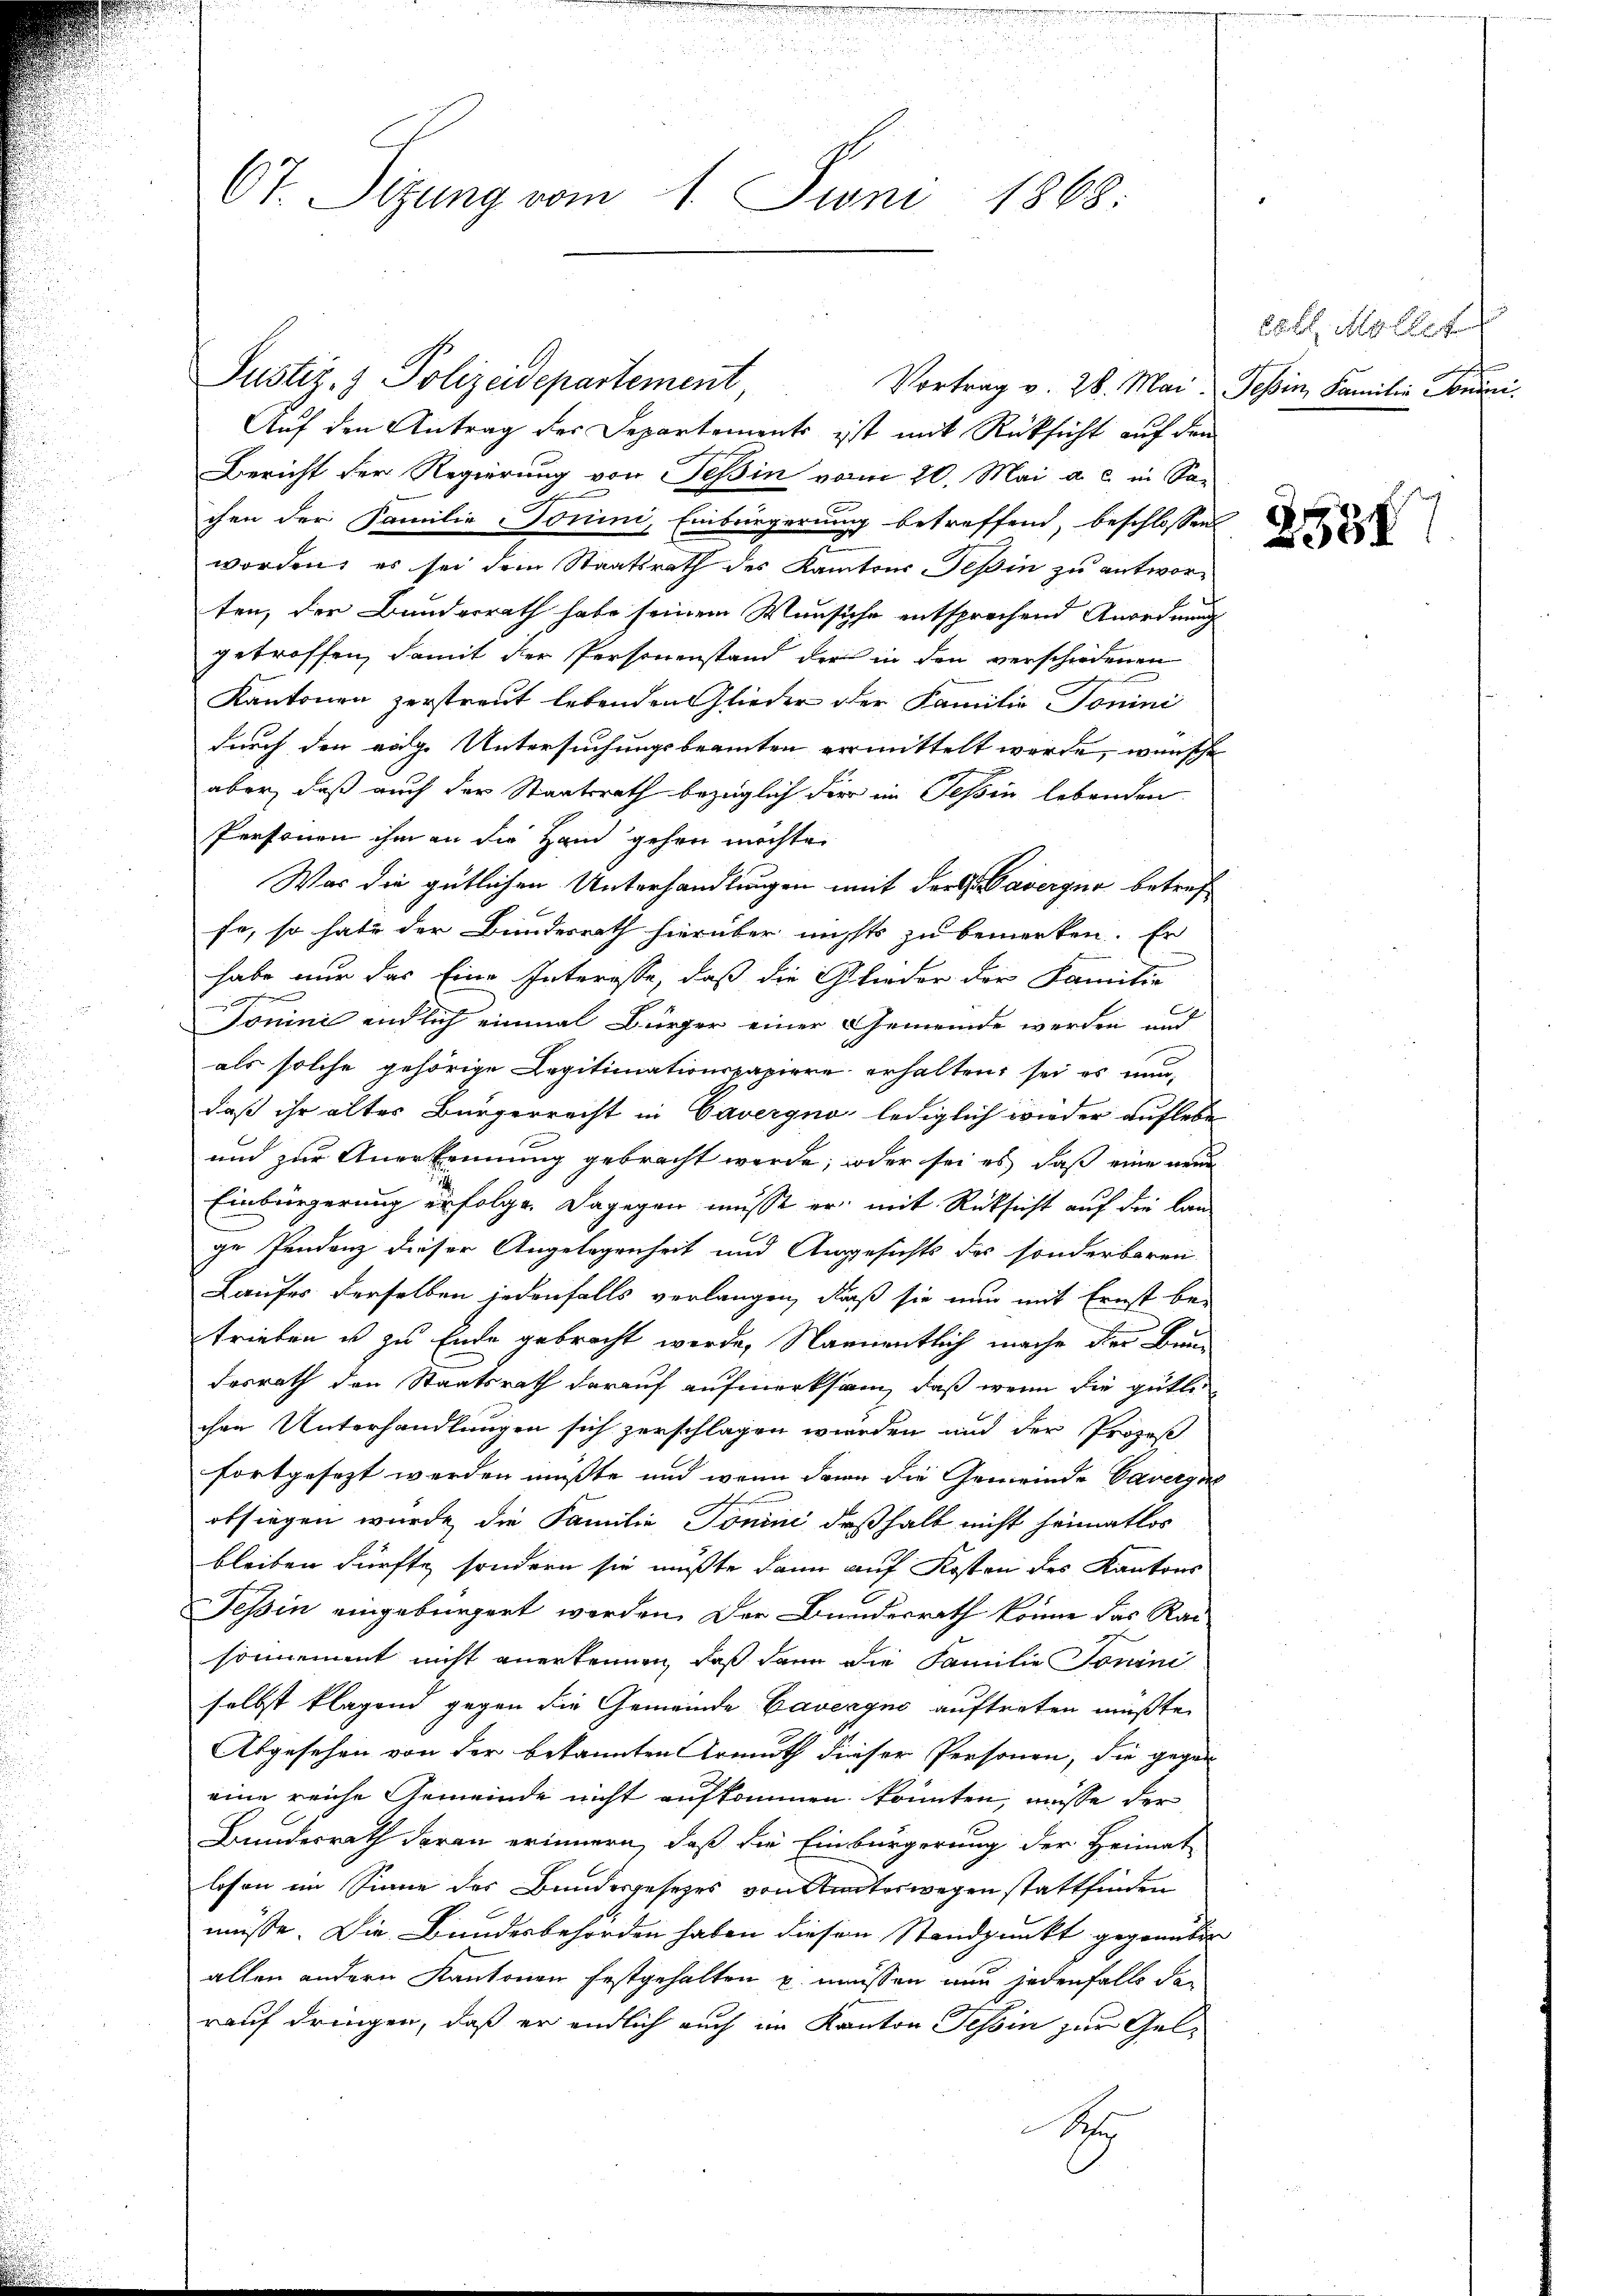
6t. Sitzung vom 1. Juni 1868.

Vortrag v. 28. Mai. Tessin, Familie Sonnai
Auf den Antrag der Departements ist mit Rücksicht auf den
Bericht der Regierung von Teßin vom 20. Mai a. c. in Sachen der Familie Tomini, Einbürgerung betreffend, beschlossen
worden, es sei dem Staatsrath des Kantons-Teßin zu antworten, der Bunderrath habe seinem Wunsche entsprechend Anordnung
getroffen, damit der Personenstand der in den verschiedenen
Kantonen zerstreut lebenden Glieder der Familie Tomini
durch den rödige Untersuchungsbeamten vermittelt werde, wünsche
aber, daß auch der Staatsrath bezüglich der ein Tessin lebenden
Personen ihm an die Hand gehen möchte.
War die gütlichen Unterhandlungen mit der G. Saverger betreffe, so habe der Bundesrath hierüber nichts zu bemerken. Er
habe nur das Eine Interesse, daß die Glieder der Familie
d
eiung de
Jonini endlich einmal Bürger einer Gemeinde werden und
als solche gehörige Legitimationspapiere erhalten, sei es nun,
daß ihr alter Bürgerrecht in Cavergno lediglich wieder auflebe
und zur Anerkennung gebracht werde, oder sei es daß eine neue
Einbürgerung erfolge. Dagegen müsse er mit Rücksicht auf die lan
ge Pendenz dieser Angelegenheit und Angesichts des sonderbaren
Laufes derselben jedenfalls verlangen, daß sie nun mit Ernst be-
trieben u zu Ende gebracht werde, Namentlich mache der Bun
desrath den Staatsrath darauf aufmerksam, daß wenn die gütlichen Unterhandlungen sich zerschlagen werden und der Prozeß
fortgesezt werden mußte und wenn dann die Gemeinde Taverge
obfiegen wurde die Familie Tonini deßhalb nicht heimatlos
bleiben dürfte, sondern sie mußte dann auf Kosten des Kantons
Tessin eingebürgert werden. Der Bundesrath könne das Rai
sonnement nicht anerkennen, daß dann die Familie Tonini
selbst klagend gegen die Gemeinde Bavenyno auftreten müßte.
Abgesehen von der bekannten Armuth dieser Personen, die gegen
eine reiche Gemeinde nicht aufkommen konnten, müsse der
Bundesrath daran erinnern, daß die Einbürgerung der Heimat
losen im Sinne des Bundesgesetzes von unterwegen stattfinden
müsse. Die Bundesbehörden haben diesen Standpunkt gegenüber
allen andern Kantonen festgehalten u. müssen nun jedenfalls da
rauf dringen, daß er endlich auch im Kanton Tessin zur Gel¬
Ar

Justiz- & Polizeidepartement,

Lbl. Möller

2538